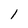
Character: I